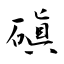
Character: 磌